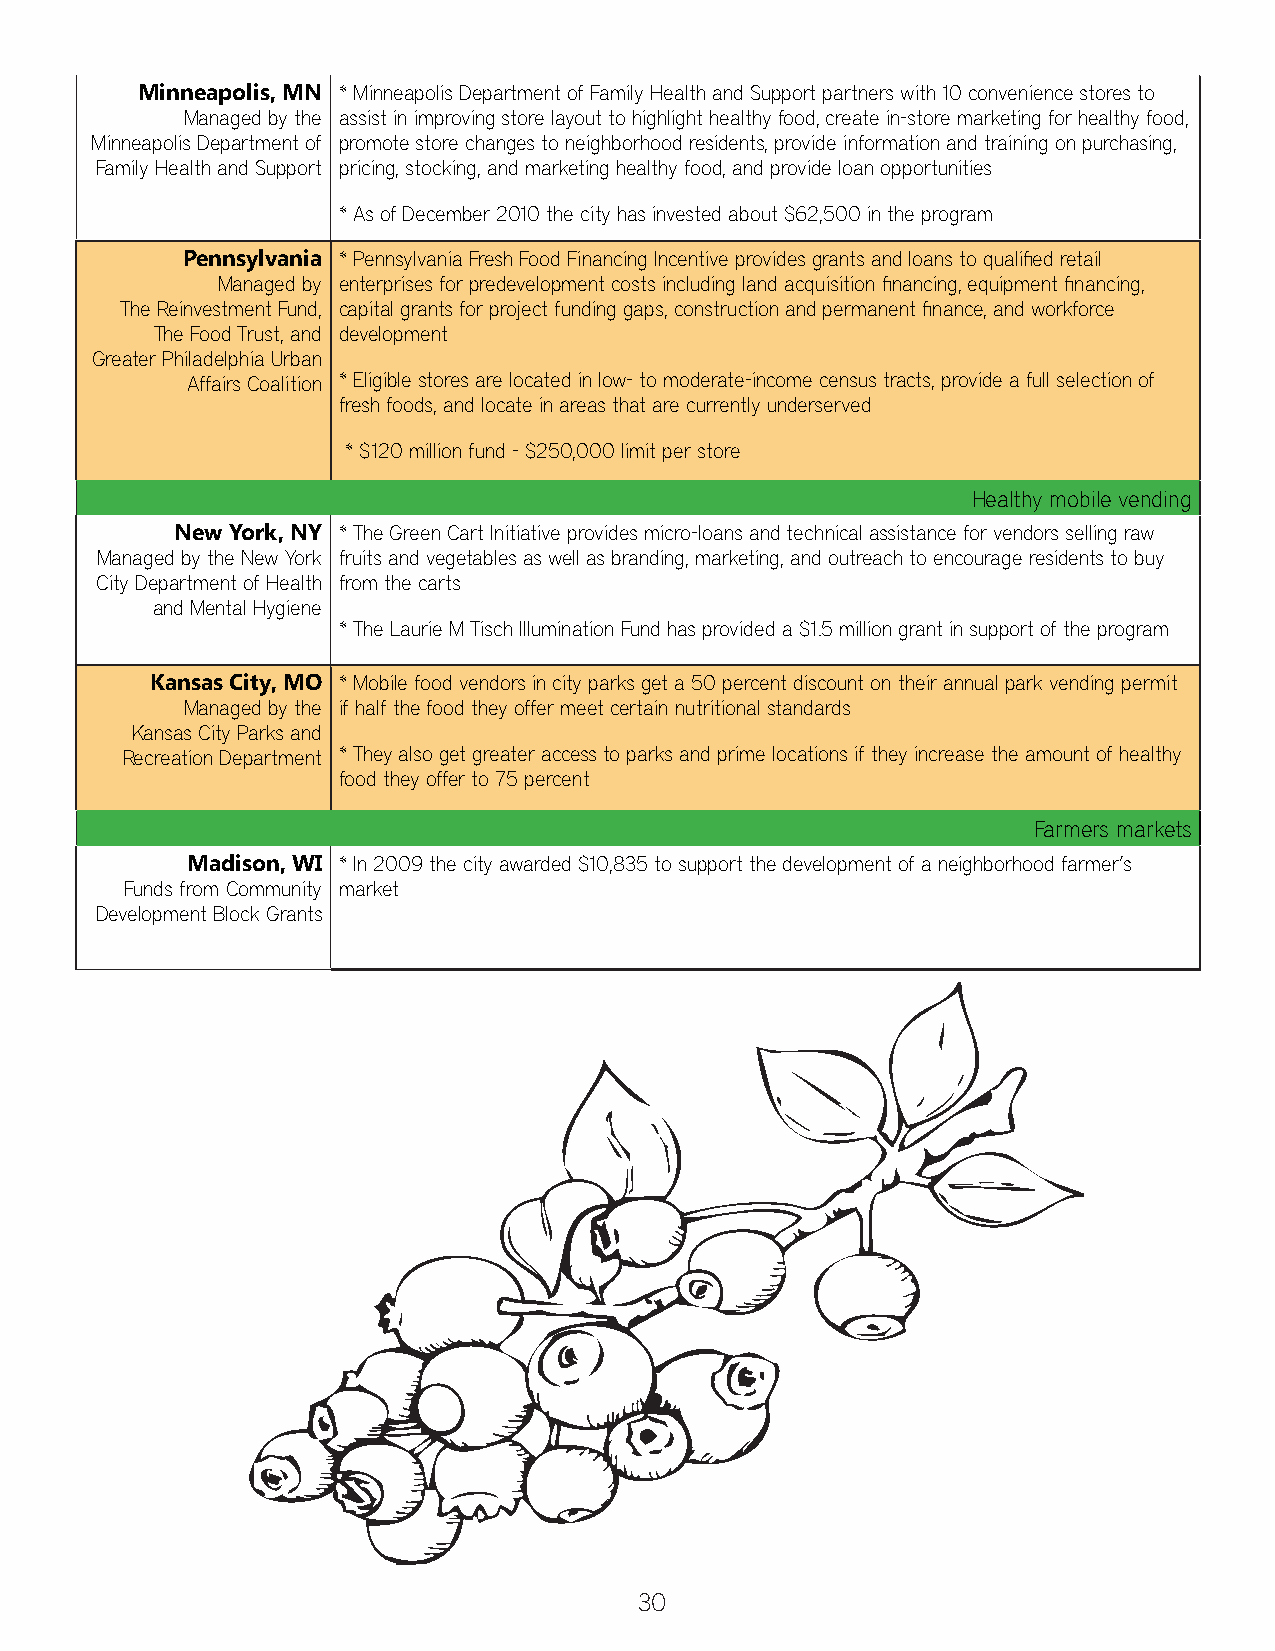
Minneapolis, MN * Minneapolis Department of Family Health and Support partners with 10 convenience stores to
 Managed by the assist in improving store layout to highlight healthy food, create in-store marketing for healthy food,
 Minneapolis Department of promote store changes to neighborhood residents, provide information and training on purchasing,
 Family Health and Support pricing, stocking, and marketing healthy food, and provide loan opportunities
 * As of December 2010 the city has invested about $62,500 in the program
 Pennsylvania * Pennsylvania Fresh Food Financing Incentive provides grants and loans to qualifi ed retail
 Managed by enterprises for predevelopment costs including land acquisition fi nancing, equipment fi nancing,
 The Reinvestment Fund, capital grants for project funding gaps, construction and permanent fi nance, and workforce
 The Food Trust, and development
 Greater Philadelphia Urban
 Affairs Coalition * Eligible stores are located in low- to moderate-income census tracts, provide a full selection of
 fresh foods, and locate in areas that are currently underserved
 * $120 million fund - $250,000 limit per store
 Healthy mobile vending
 New York, NY * The Green Cart Initiative provides micro-loans and technical assistance for vendors selling raw
 Managed by the New York fruits and vegetables as well as branding, marketing, and outreach to encourage residents to buy
 City Department of Health from the carts
 and Mental Hygiene
 * The Laurie M Tisch Illumination Fund has provided a $1.5 million grant in support of the program
 Kansas City, MO * Mobile food vendors in city parks get a 50 percent discount on their annual park vending permit
 Managed by the if half the food they offer meet certain nutritional standards
 Kansas City Parks and
 Recreation Department * They also get greater access to parks and prime locations if they increase the amount of healthy
 food they offer to 75 percent
 Farmers markets
 Madison, WI * In 2009 the city awarded $10,835 to support the development of a neighborhood farmer’s
 Funds from Community market
 Development Block Grants
 30